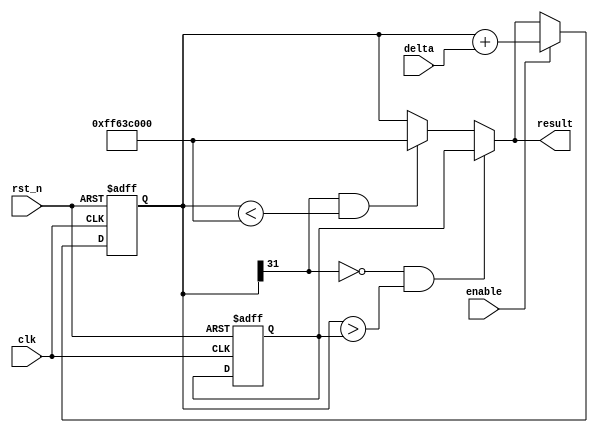
module ADD_ver(clk,rst_n,enable,delta,result);
input clk,rst_n,enable;
input [31:0]delta;
output [31:0]result;
reg [31:0]result,result1,limit;
always @(posedge clk or negedge rst_n)
begin
if(!rst_n)
	begin
	result1<=32'd0;
	limit <= 10240000;
	end
else
	begin
	    result1<=result;
		if(enable==1'b1)
		begin
	        result1 <= result1 + delta;
		end
		else;
	end
end


always @(result1)
begin
    if((result1[31]==0) && (result1 > limit))
    begin
	    result <= limit;
    end
    else if((result1[31]==1) && (result1 < -10240000))
    begin
	    result <= -10240000; 
    end
    else
    begin
        result <= result1;
    end
end
endmodule